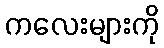
ကလေးများကို